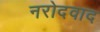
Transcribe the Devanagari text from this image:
नरोदवाद